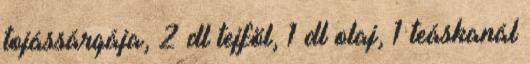
tojássárgája, 2 dl tejföl, 1 dl olaj, 1 teáskanál